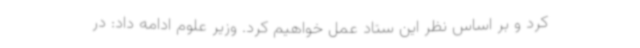
کرد و بر اساس نظر این ستاد عمل خواهیم کرد. وزیر علوم ادامه داد: در